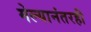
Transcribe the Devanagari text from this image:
मेल्यानंतरही